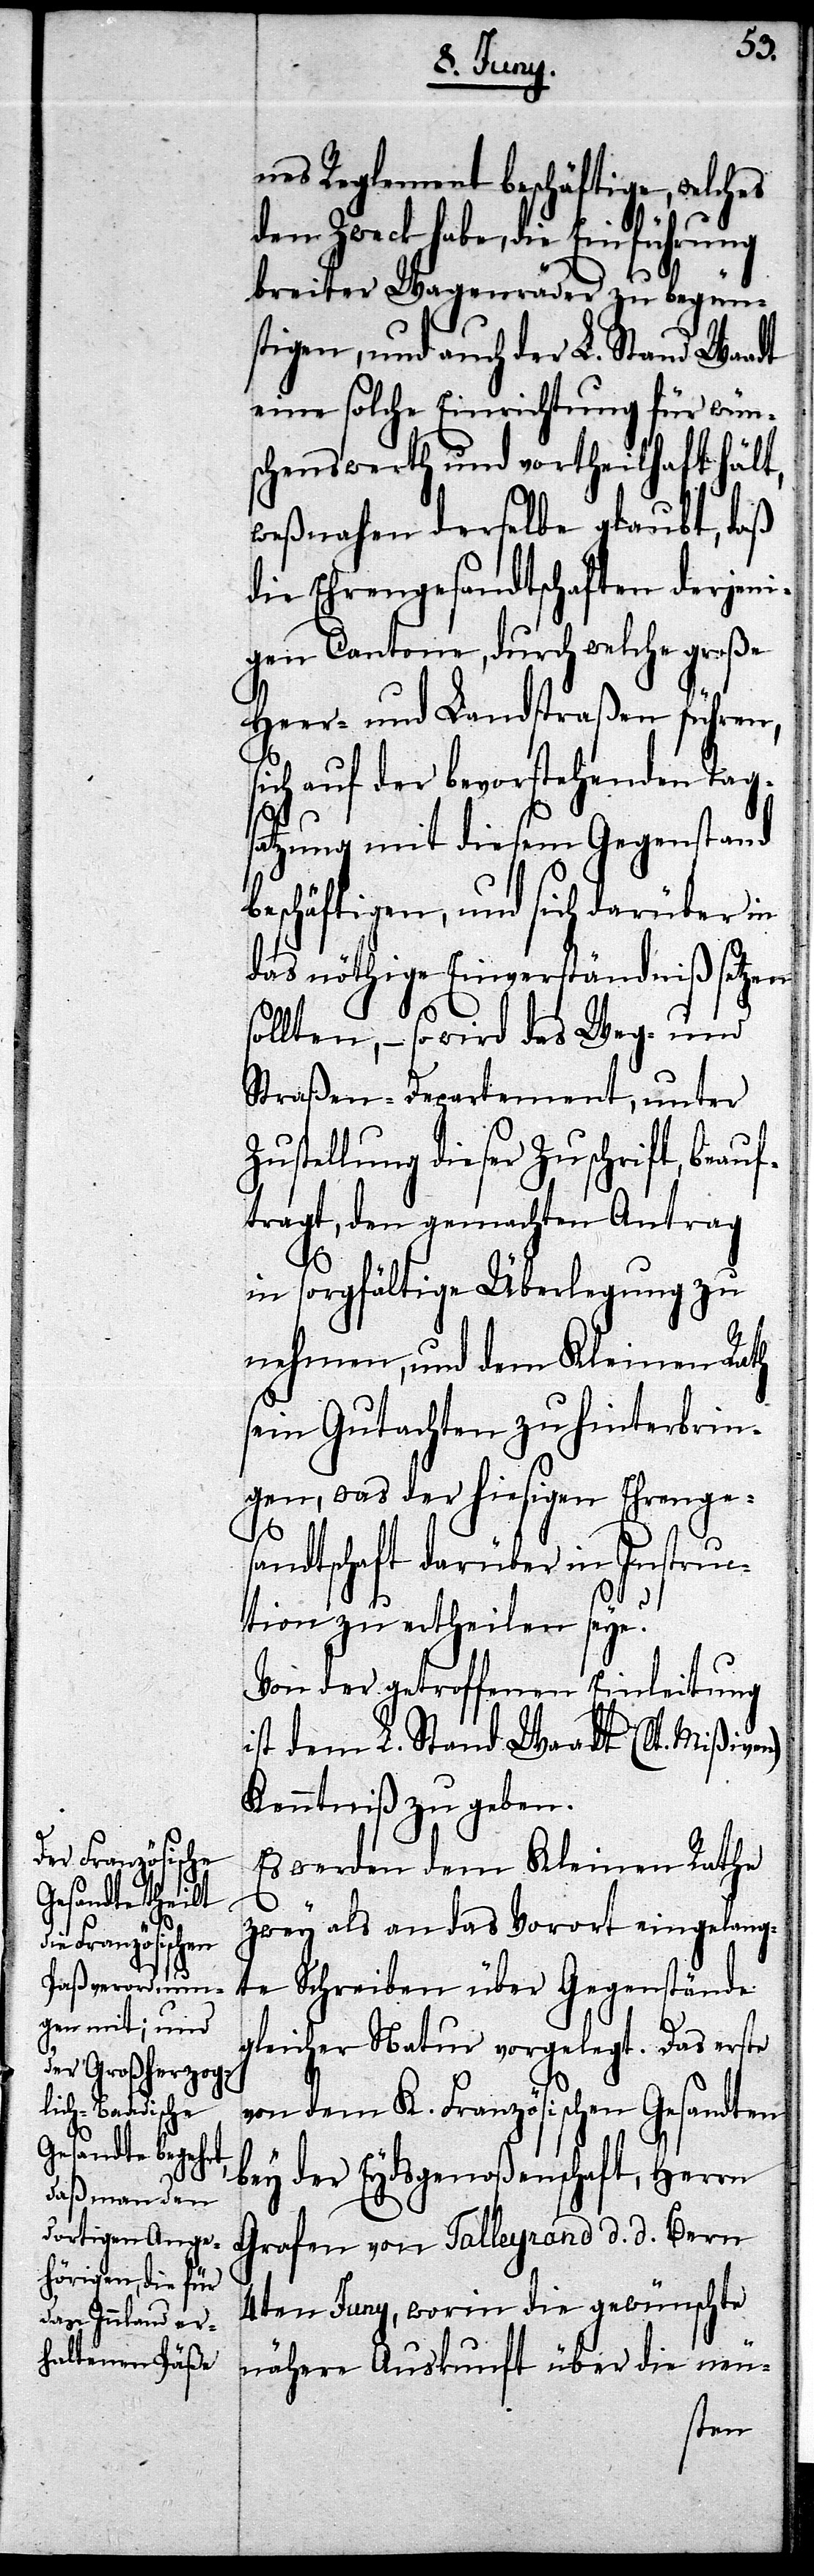
Z¬
nes Reglement beschäftige, welches
habe, die Einführung
breiter Wagenräder zu begün¬
stigen, und auch der L. Stand Waadt
eine solche Einrichtung für wün¬
schenswerth und vortheilhaft hält,
weßnahen derselbe glaubt, daß
die Ehrengesandtschaften derjeni¬
gen Cantone, durch welche große
Heer- und Landstraßen führen,
sich auf der bevorstehenden Tag¬
satzung mit diesem Gegenstand
beschäftigen, und sich darüber in¬
des nöthige Einverständniß setzen
sollten, – so wird das Weg- und
Straßen-Departement, unter
ustellung dieser Zuschrift, beau¬
ftragt, den gemachten Antrag
in sorgfältige Überlegung zu
nehmen, und dem Kleinen Rath
sein Gutachten zu hinterbrin¬
gen, was der hiesigen Ehrenges¬
andtschaft darüber in Instruc¬
tion zu ertheilen sey?
Von der getroffenen Einleitung
ist dem L. Stand Waadt (lt. Mißiven)
Kenntniß zu geben.
Es werden dem Kleinen Rathe
zwey als an das Vorort eingelang¬
te Schreiben über Gegenstände
gleicher Natur vorgelegt. Das erste
von dem K. Französischen Gesandten
bey der Eydsgenoßenschaft, Herrn
Grafen von Talleyrand d. d. Bern
4ten Juny, worin die gewünschte
nähere Auskunft über die neu-